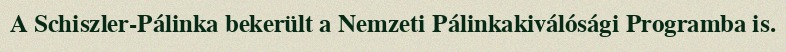
A Schiszler-Pálinka bekerült a Nemzeti Pálinkakiválósági Programba is.